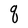
Character: q